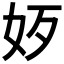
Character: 𡛃